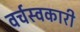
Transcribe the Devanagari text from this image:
वर्चस्वकारी